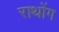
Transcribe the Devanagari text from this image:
राथोंग